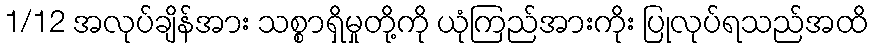
1/12 အလုပ်ချိန်အား သစ္စာရှိမှုတို့ကို ယုံကြည်အားကိုး ပြုလုပ်ရသည်အထိ